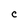
Character: C